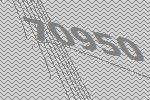
70950